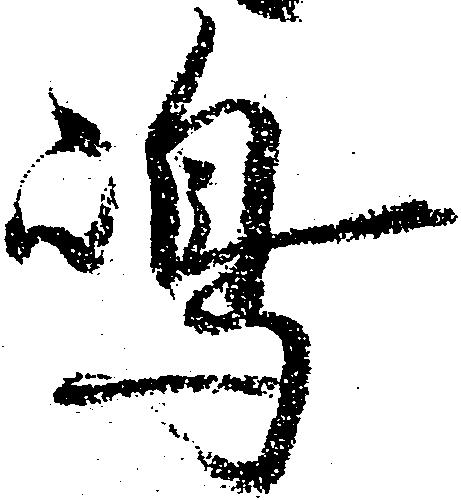
嶋